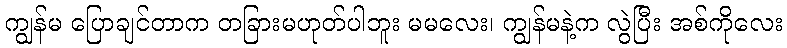
ကျွန်မ ပြောချင်တာက တခြားမဟုတ်ပါဘူး မမလေး၊ ကျွန်မနဲ့က လွဲပြီး အစ်ကိုလေး